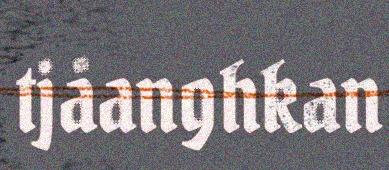
tjåanghkan